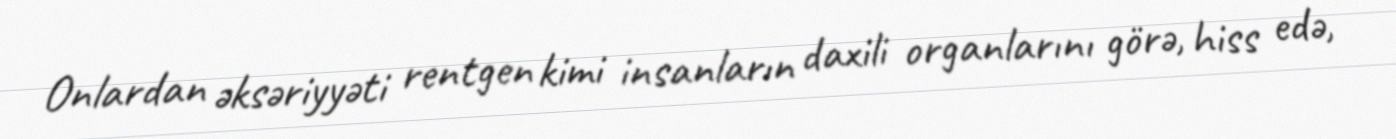
Onlardan əksəriyyəti rentgen kimi insanların daxili organlarını görə, hiss edə,